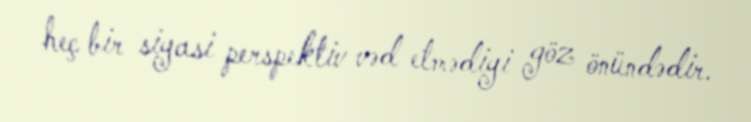
heç bir siyasi perspektiv vəd etmədiyi göz önündədir.